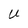
Character: U